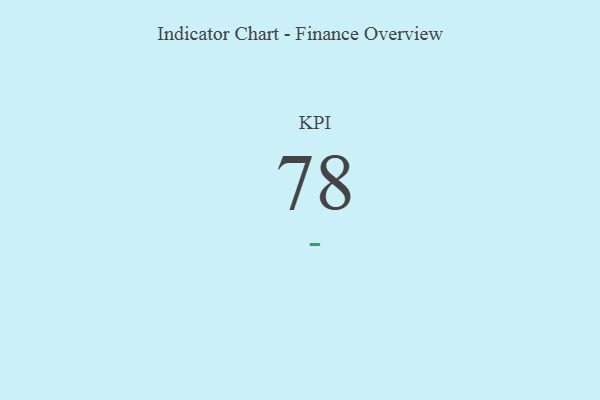
{"axis": {"x": "KPI", "y": "Value"}, "legend": [""], "data": [{"x": "KPI", "y": 78, "type": ""}]}